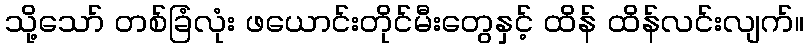
သို့သော် တစ်ခြံလုံး ဖယောင်းတိုင်မီးတွေနှင့် ထိန် ထိန်လင်းလျက်။